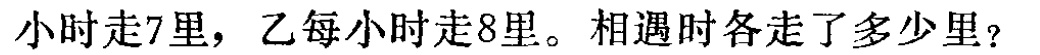
小时走7里，乙每小时走8里。相遇时各走了多少里？